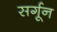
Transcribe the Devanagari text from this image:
सर्गून